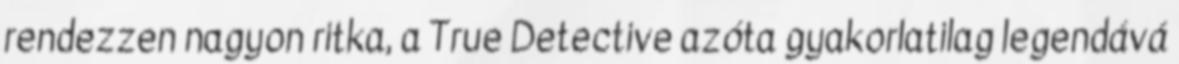
rendezzen nagyon ritka, a True Detective azóta gyakorlatilag legendává